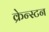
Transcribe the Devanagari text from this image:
क्रेन्स्टन